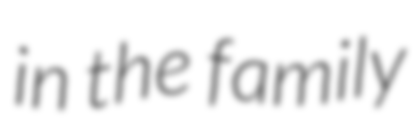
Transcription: in the family